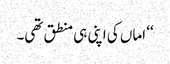
‘‘ اماں کی اپنی ہی منطق تھی۔